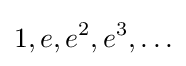
1,e,e^{2},e^{3},\ldots